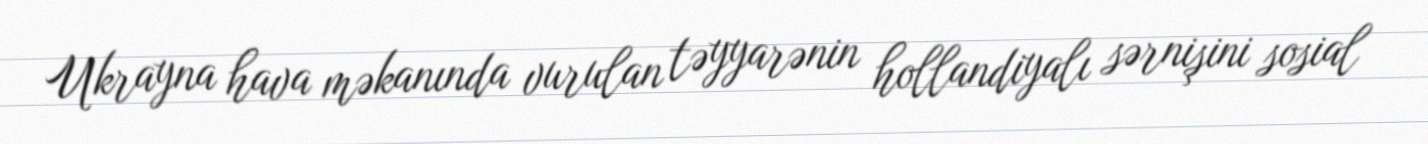
Ukrayna hava məkanında vurulan təyyarənin hollandiyalı sərnişini sosial